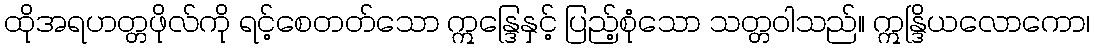
ထိုအရဟတ္တဖိုလ်ကို ရင့်စေတတ်သော ဣန္ဒြေနှင့် ပြည့်စုံသော သတ္တဝါသည်။ ဣန္ဒြိယလောကော၊